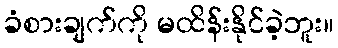
ခံစားချက်ကို မထိန်းနိုင်ခဲ့ဘူး။